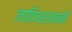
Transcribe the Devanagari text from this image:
जातिधारकांनी